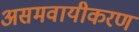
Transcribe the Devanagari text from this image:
असमवायीकरण